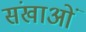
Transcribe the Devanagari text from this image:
संखाओं